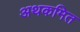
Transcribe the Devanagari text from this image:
अथकमित